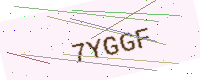
Text: 7YGGF